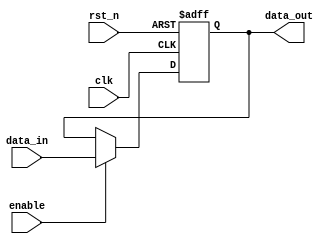
module event_driven_example (
    input wire clk,        // Clock signal
    input wire rst_n,     // Active low reset
    input wire enable,     // Enable signal
    input wire data_in,   // Data input
    output reg data_out   // Data output
);

    // Initial block to set the initial state
    initial begin
        data_out = 0; // Set initial output state
    end

    // Always block sensitive to rising edge of clk and falling edge of rst_n
    always @(posedge clk or negedge rst_n) begin
        if (!rst_n) begin
            data_out <= 0; // Reset data_out on active low reset
        end else if (enable) begin
            data_out <= data_in; // Transfer data from data_in to data_out
        end
        // If enable is low, data_out remains unchanged
    end

endmodule